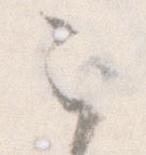
之